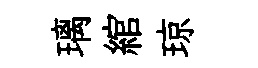
璃綰琼